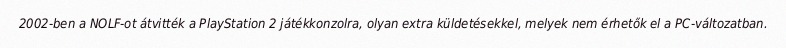
2002-ben a NOLF-ot átvitték a PlayStation 2 játékkonzolra, olyan extra küldetésekkel, melyek nem érhetők el a PC-változatban.